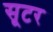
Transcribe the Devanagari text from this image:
सूटर